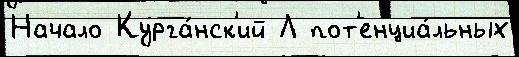
Начало Курга́нск'ий Л пот'енциа́льных